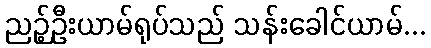
ညဉ့်ဦးယာမ်ရုပ်သည် သန်းခေါင်ယာမ်...